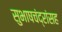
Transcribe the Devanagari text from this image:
सुभाषचंद्रांसह